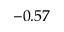
- 0 . 5 7